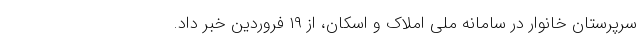
سرپرستان خانوار در سامانه ملی املاک و اسکان، از ۱۹ فروردین خبر داد.